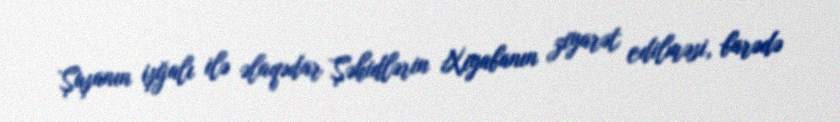
Şuşanın işğalı ilə əlaqədar Şəhidlərin Xiyabanın ziyarət edilməsi, barədə